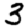
Digit: 3